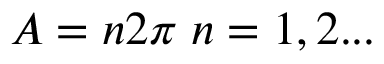
A = n 2 \pi \; n = 1 , 2 . . .